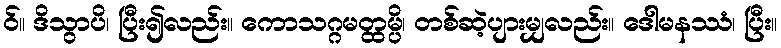
ဝ်။ ဒိသွာပိ၊ ပြီး၍လည်း။ ကောသဂ္ဂမတ္ထမ္ပိ၊ တစ်ဆဲ့ပျားမျှလည်း။ ဒေါမနဿံ၊ ပြီး။